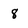
Character: 8